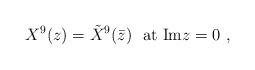
LaTeX: \begin{align*}X^9(z) = {\tilde X}^9(\bar z) \ \ {\rm at\ Im}z=0 \ ,\end{align*}